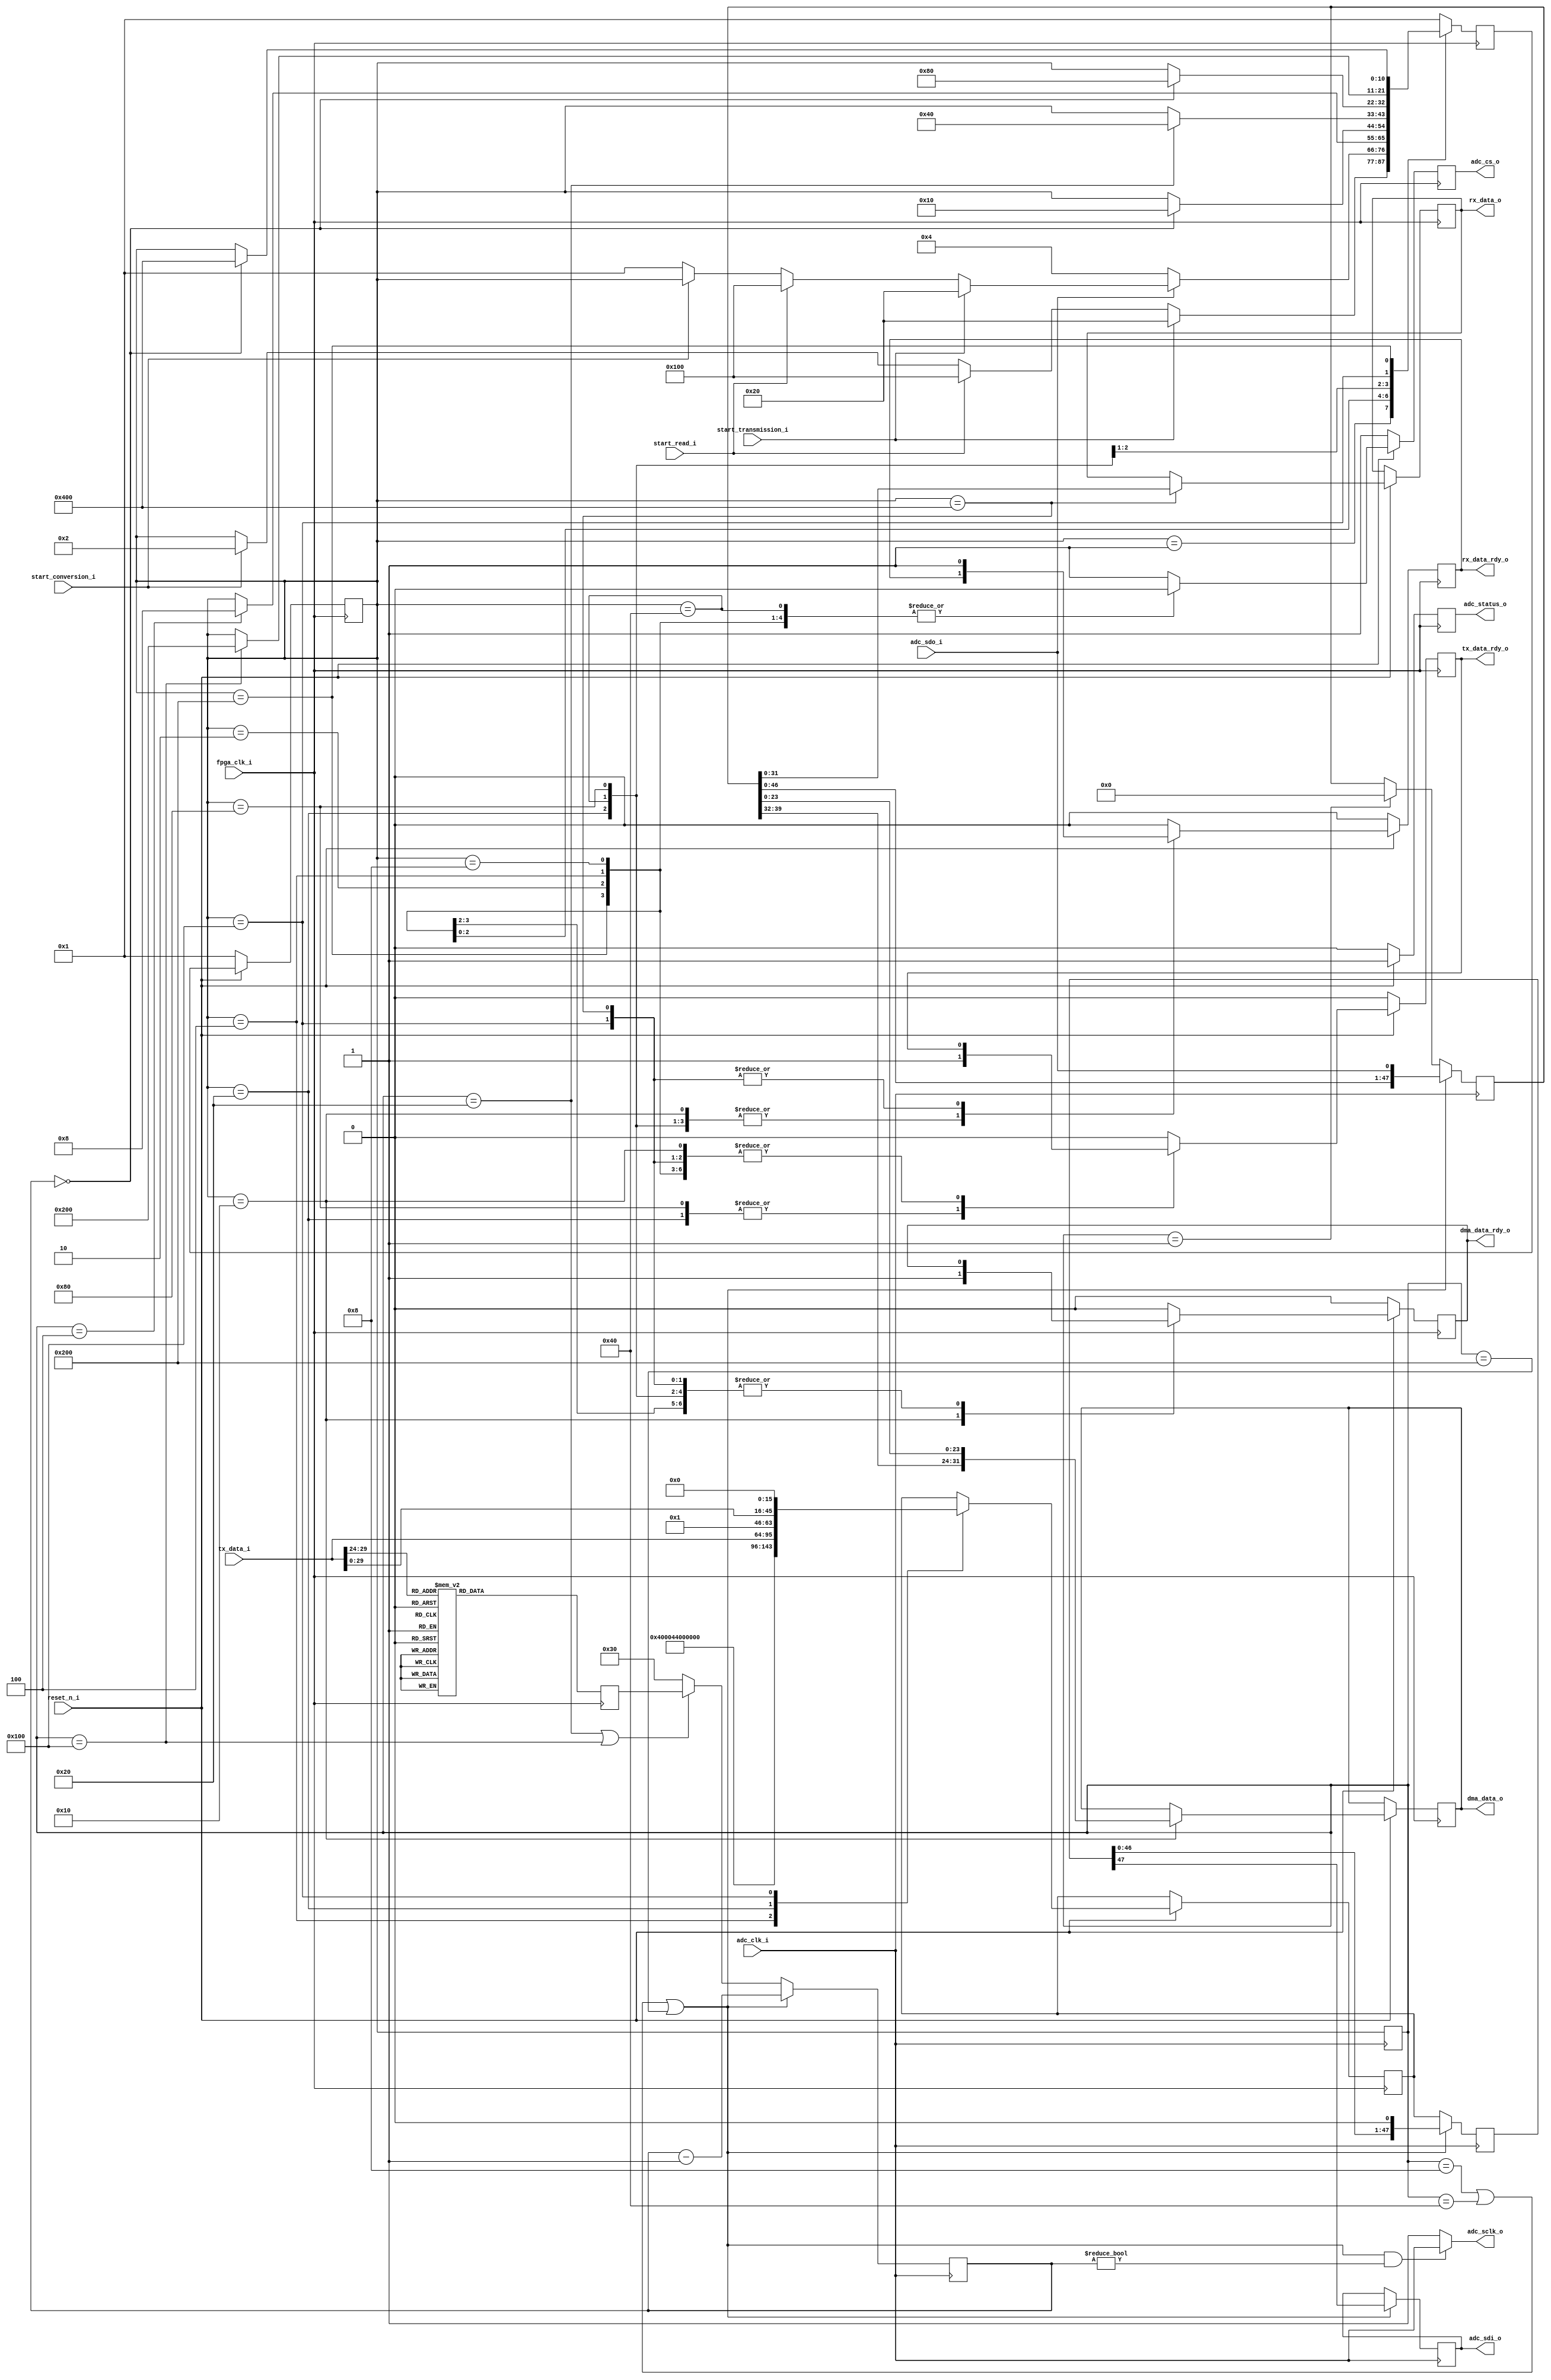
// ***************************************************************************
// ***************************************************************************
// Copyright 2011(c) Analog Devices, Inc.
//
// All rights reserved.
//
// Redistribution and use in source and binary forms, with or without modification,
// are permitted provided that the following conditions are met:
//     - Redistributions of source code must retain the above copyright
//       notice, this list of conditions and the following disclaimer.
//     - Redistributions in binary form must reproduce the above copyright
//       notice, this list of conditions and the following disclaimer in
//       the documentation and/or other materials provided with the
//       distribution.
//     - Neither the name of Analog Devices, Inc. nor the names of its
//       contributors may be used to endorse or promote products derived
//       from this software without specific prior written permission.
//     - The use of this software may or may not infringe the patent rights
//       of one or more patent holders.  This license does not release you
//       from the requirement that you obtain separate licenses from these
//       patent holders to use this software.
//     - Use of the software either in source or binary form, must be run
//       on or directly connected to an Analog Devices Inc. component.
//
// THIS SOFTWARE IS PROVIDED BY ANALOG DEVICES "AS IS" AND ANY EXPRESS OR IMPLIED WARRANTIES,
// INCLUDING, BUT NOT LIMITED TO, NON-INFRINGEMENT, MERCHANTABILITY AND FITNESS FOR A
// PARTICULAR PURPOSE ARE DISCLAIMED.
//
// IN NO EVENT SHALL ANALOG DEVICES BE LIABLE FOR ANY DIRECT, INDIRECT, INCIDENTAL, SPECIAL,
// EXEMPLARY, OR CONSEQUENTIAL DAMAGES (INCLUDING, BUT NOT LIMITED TO, INTELLECTUAL PROPERTY
// RIGHTS, PROCUREMENT OF SUBSTITUTE GOODS OR SERVICES; LOSS OF USE, DATA, OR PROFITS; OR
// BUSINESS INTERRUPTION) HOWEVER CAUSED AND ON ANY THEORY OF LIABILITY, WHETHER IN CONTRACT,
// STRICT LIABILITY, OR TORT (INCLUDING NEGLIGENCE OR OTHERWISE) ARISING IN ANY WAY OUT OF
// THE USE OF THIS SOFTWARE, EVEN IF ADVISED OF THE POSSIBILITY OF SUCH DAMAGE.
// ***************************************************************************
// ***************************************************************************
// ***************************************************************************
// ***************************************************************************

`timescale 1ns/100ps

//------------------------------------------------------------------------------   
//----------- Module Declaration -----------------------------------------------
//------------------------------------------------------------------------------ 
module ad7175_if
    (
        // Clock and Reset signals
        input fpga_clk_i,
        input adc_clk_i,
        input reset_n_i,
        
        // Conversion control signals
        input start_conversion_i,
        output [31:0] dma_data_o,
        output dma_data_rdy_o,
        
        // Transmit data on request signals
        input start_transmission_i,
        input [31:0] tx_data_i,
        output tx_data_rdy_o,
        
        // Read data on request signals
        input start_read_i,       
        output [31:0] rx_data_o,
        output rx_data_rdy_o,
        
        // AD7175 IC control signals
        input adc_sdo_i,
        output adc_sdi_o,
        output adc_cs_o,
        output adc_sclk_o,
		
		// ADC status
		output reg adc_status_o
    );

//------------------------------------------------------------------------------
//----------- Registers Declarations -------------------------------------------
//------------------------------------------------------------------------------
// State Machine Registers
reg [10:0] present_state;                                           // Present FSM State
reg [10:0] next_state;                                              // Next FSM State
reg [10:0] present_state_m1;                                        // Used to synchronise FSM States between different clock domains

// SCLK Registers
reg [7:0] sclk_cnt;                                                 // Used to count SCLK Ticks
reg [7:0] sclk_demand;                                              // Used to set number of SCLK Ticks

// Transmit Data Registers
reg [47:0] tx_data_reg;                                             // Used to shift data out
reg [47:0] tx_data_reg_switch;                                      // Used to select data that is being sent
reg tx_data_rdy_int;                                                // Used to signal the end of a transmit cycle

// Receive Data Registers
reg [47:0] rx_data_reg;                                             // Used to shift data in
reg [31:0] rx_read_data_reg;                                        // Used to store read data
reg rx_data_rdy_int;                                                // Used to signal the end of a read cycle

// Conversion Data Registers
reg [31:0] dma_rx_data_reg;                                         // Used to store conversion result (STATUS_REG[31:24] + DATA_REG[23:0])
reg dma_rdy_int;                                                    // Used to signal the end of a conversion read

// Internal registers used for external ports
reg adc_sdi_o_int;                                                  // Used for adc_sdi_o                                   
reg cs_int;                                                         // Used for adc_cs_o    

//------------------------------------------------------------------------------ 
//----------- Wires Declarations -----------------------------------------------
//------------------------------------------------------------------------------

//------------------------------------------------------------------------------
//----------- Local Parameters -------------------------------------------------
//------------------------------------------------------------------------------
// ADC Controller State Machine States  
parameter ADC_IDLE_STATE                    = 11'b00000000001;      // Waits for Start Conversion / Start Transmission / Start Read
parameter ADC_WAIT_FOR_DATA_STATE           = 11'b00000000010;      // Waits for adc_sdo_i to go low (signals new data is available)
parameter ADC_PREP_READ_RESULT_STATE        = 11'b00000000100;      // Prepares data to perform Status + Data Register Read
parameter ADC_READ_RESULT_STATE             = 11'b00000001000;      // Reads Status + Data Register
parameter ADC_READ_RESULT_DONE_STATE        = 11'b00000010000;      // Signals completion of Status + Data Register Read
parameter ADC_PREP_SEND_DATA_STATE          = 11'b00000100000;      // Prepares data to perform Data Transmit
parameter ADC_SEND_DATA_STATE               = 11'b00001000000;      // Transmit Data
parameter ADC_SEND_DATA_DONE_STATE          = 11'b00010000000;      // Signals completion of Data Transmission
parameter ADC_PREP_READ_DATA_STATE          = 11'b00100000000;      // Prepares data to perform Data Read 
parameter ADC_READ_DATA_STATE               = 11'b01000000000;      // Reads Data
parameter ADC_READ_DATA_DONE_STATE          = 11'b10000000000;      // Signals completion of Data Read

// Number of SCLK Periods required for Status + Data Read
parameter ADC_SCLK_PERIODS = 8'd48;

//------------------------------------------------------------------------------
//----------- Assign/Always Blocks ---------------------------------------------
//------------------------------------------------------------------------------
assign adc_sdi_o = adc_sdi_o_int;
assign adc_sclk_o = (((present_state_m1 == ADC_READ_RESULT_STATE)||(present_state_m1 == ADC_SEND_DATA_STATE)||(present_state_m1 == ADC_READ_DATA_STATE))&&(sclk_cnt != 8'd0)) ? adc_clk_i : 1'b1;
assign dma_data_o = dma_rx_data_reg;
assign dma_data_rdy_o = dma_rdy_int;
assign adc_cs_o = cs_int;
assign tx_data_rdy_o = tx_data_rdy_int;
assign rx_data_o = rx_read_data_reg;
assign rx_data_rdy_o = rx_data_rdy_int;

// Register States
always @(posedge fpga_clk_i)
begin
    if(reset_n_i == 1'b0)
    begin
        present_state <= ADC_IDLE_STATE; 
		adc_status_o <= 1'b0;
    end
    else
    begin
        present_state <= next_state;
		adc_status_o <= 1'b1;
    end
end

// State switch logic
always @(posedge fpga_clk_i)
begin
    next_state <= present_state;
    case(present_state)
        ADC_IDLE_STATE:
            begin
                // If transmit data is required
                if(start_transmission_i == 1'b1)
                begin
                    next_state <= ADC_PREP_SEND_DATA_STATE;
                end
                // If read data is required
                else if(start_read_i == 1'b1) 
                begin
                    next_state <= ADC_PREP_READ_DATA_STATE; 
                end
				// If start conversion has been requested
                else if(start_conversion_i == 1'b1)
                begin
                    next_state <= ADC_WAIT_FOR_DATA_STATE;
                end
            end
        ADC_WAIT_FOR_DATA_STATE:
            begin
                // If new data is available
                if(adc_sdo_i == 1'b0)
                begin
                    next_state <= ADC_PREP_READ_RESULT_STATE;
                end
				// If transmit data is required
                else if(start_transmission_i == 1'b1)
                begin
                    next_state <= ADC_PREP_SEND_DATA_STATE;
                end
                // If read data is required
                else if(start_read_i == 1'b1) 
                begin
                    next_state <= ADC_PREP_READ_DATA_STATE; 
                end
				// If transmit data is not required anymore
                else if(start_conversion_i == 1'b0)
                begin
                    next_state <= ADC_IDLE_STATE;
                end
            end
        ADC_PREP_READ_RESULT_STATE:
            begin
                if(present_state_m1 == ADC_PREP_READ_RESULT_STATE)
                begin
                    next_state <= ADC_READ_RESULT_STATE;
                end
            end
        ADC_READ_RESULT_STATE:
            begin
                // If data has been sent
                if(sclk_cnt == 8'd0)
                begin
                    next_state <= ADC_READ_RESULT_DONE_STATE;
                end
            end
        ADC_READ_RESULT_DONE_STATE:
            begin 
                next_state <= ADC_IDLE_STATE;
            end
        ADC_PREP_SEND_DATA_STATE:
            begin
                if(present_state_m1 == ADC_PREP_SEND_DATA_STATE)
                begin
                    next_state <= ADC_SEND_DATA_STATE;
                end
            end
        ADC_SEND_DATA_STATE:
            begin
                // If data has been sent
                if(sclk_cnt == 8'd0)
                begin
                    next_state <= ADC_SEND_DATA_DONE_STATE;
                end
            end
        ADC_SEND_DATA_DONE_STATE:
            begin
                next_state <= ADC_IDLE_STATE;
            end
        ADC_PREP_READ_DATA_STATE:
            begin
                if(present_state_m1 == ADC_PREP_READ_DATA_STATE)
                begin
                    next_state <= ADC_READ_DATA_STATE;
                end            
            end
        ADC_READ_DATA_STATE:
            begin
                // If data has been sent
                if(sclk_cnt == 8'd0)
                begin
                    next_state <= ADC_READ_DATA_DONE_STATE;
                end                
            end
        ADC_READ_DATA_DONE_STATE:
            begin
                next_state <= ADC_IDLE_STATE;
            end
        default:
            begin
                next_state <= ADC_IDLE_STATE;
            end
    endcase
end

// State output logic
always @(posedge fpga_clk_i)
begin
    if(reset_n_i == 1'b0)
    begin
        dma_rdy_int <= 1'b0;
        cs_int <= 1'b1;
        tx_data_rdy_int <= 1'b0;
        rx_data_rdy_int <= 1'b0;
    end
    else
    begin
        case(present_state)
            ADC_IDLE_STATE:
                begin
                    dma_rdy_int <= 1'b0;
                    tx_data_rdy_int <= 1'b0;
                    rx_data_rdy_int <= 1'b0;
                    cs_int <= 1'b1;
                end
            ADC_WAIT_FOR_DATA_STATE:
                begin
                    cs_int <= 1'b0;
                end                
            ADC_PREP_READ_RESULT_STATE:
                begin
                    dma_rdy_int <= 1'b0;
                    tx_data_reg_switch <= 48'h400044000000;
                    cs_int <= 1'b0;
                end
            ADC_READ_RESULT_STATE:
                begin
                    dma_rdy_int <= 1'b0;
                    cs_int <= 1'b0;
                end
            ADC_READ_RESULT_DONE_STATE:
                begin
                    // Final data = Status Reg + Data Reg
                    dma_rx_data_reg <= {rx_data_reg[39:32], rx_data_reg[23:0]};
                    dma_rdy_int <= 1'b1;
                    cs_int <= 1'b1;
                end
            ADC_PREP_SEND_DATA_STATE:
                begin
                    // Maximum 32 bits transmission (that is why I add 16'd0 to the LSB)
                    tx_data_rdy_int <= 1'b1;
                    cs_int <= 1'b1;
                    tx_data_reg_switch <= {tx_data_i, 16'd0};
                end
            ADC_SEND_DATA_STATE:
                begin
                    tx_data_rdy_int <= 1'b0;
                    cs_int <= 1'b0;
                end
            ADC_SEND_DATA_DONE_STATE:
                begin
                    tx_data_rdy_int <= 1'b1;
                    cs_int <= 1'b1;
                end   
            ADC_PREP_READ_DATA_STATE:
                begin
                    // Maximum 32 bits transmission (that is why I add 16'd0 to the LSB)
                    cs_int <= 1'b1;
                    rx_data_rdy_int <= 1'b1;
                    tx_data_reg_switch <= {2'b01, tx_data_i[29:0], 16'd0};
                end
            ADC_READ_DATA_STATE:
                begin
                    cs_int <= 1'b0;
                    rx_data_rdy_int <= 1'b0;
                end
            ADC_READ_DATA_DONE_STATE:
                begin
                    rx_read_data_reg <= rx_data_reg[31:0];
                    cs_int <= 1'b1;
                    rx_data_rdy_int <= 1'b1;
                end                
            default:
                begin
                    tx_data_rdy_int <= 1'b0;
                    rx_data_rdy_int <= 1'b0;
                    dma_rdy_int <= 1'b0;
                    cs_int <= 1'b1;
                end
        endcase
    end
end

// Synchronise States between different clock domains
always @(posedge adc_clk_i)
begin
    present_state_m1 <= present_state;
end

// Select size of transfered data according to desired registers (see AD7176_2 Datasheet for details)
always @(posedge fpga_clk_i)
begin
    case(tx_data_i[29:24])
        6'h00:
            begin
                sclk_demand <= 8'd16;
            end
        6'h01, 6'h02, 6'h06, 6'h07, 6'h10, 6'h11, 6'h12, 6'h13, 6'h20, 6'h21, 6'h22, 6'h23, 6'h28, 6'h29, 6'h2a, 6'h2b:
            begin
                sclk_demand <= 8'd24;
            end
        6'h03, 6'h04, 6'h30, 6'h31, 6'h32, 6'h33, 6'h38, 6'h39, 6'h3a, 6'h3b:
            begin
                sclk_demand <= 8'd32;
            end
        default:
            begin
                sclk_demand <= 8'd16;
            end
    endcase
end

// Serial Data In
always @(posedge adc_clk_i)
begin
    if((present_state_m1 == ADC_READ_RESULT_STATE)||(present_state_m1 == ADC_SEND_DATA_STATE)||(present_state_m1 == ADC_READ_DATA_STATE))
    begin
        sclk_cnt <= sclk_cnt - 8'd1;
        rx_data_reg <= {rx_data_reg[46:0], adc_sdo_i};  
    end
    else
    begin
        if((present_state_m1 == ADC_PREP_SEND_DATA_STATE)||(present_state_m1 == ADC_PREP_READ_DATA_STATE))
        begin 
            sclk_cnt <= sclk_demand;
        end
        else
        begin
            sclk_cnt <= ADC_SCLK_PERIODS;
        end
        if(present_state_m1 == ADC_IDLE_STATE)
        begin
            rx_data_reg <= 48'd0;
        end
    end
end

// Serial Data Out
always @(negedge adc_clk_i)
begin
    if((present_state_m1 == ADC_READ_RESULT_STATE)||(present_state_m1 == ADC_SEND_DATA_STATE)||(present_state_m1 == ADC_READ_DATA_STATE))
    begin
        adc_sdi_o_int <= tx_data_reg[47];
        tx_data_reg <= {tx_data_reg[46:0], 1'b0};
    end 
    else
    begin
        tx_data_reg <= tx_data_reg_switch;
    end
end

endmodule